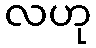
လဟု